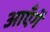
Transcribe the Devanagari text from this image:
आएँगें